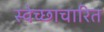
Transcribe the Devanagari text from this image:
स्वेच्छाचारित